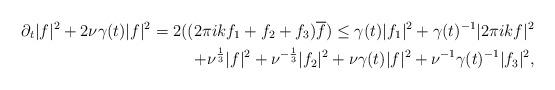
LaTeX: \begin{align*}\partial_t |{f}|^2+2\nu\gamma(t) |{f}|^2= 2((2\pi ik {f}_{1}+{f}_{2}+{f}_{3})\overline{f})\leq \gamma(t) |f_1|^2+\gamma(t)^{-1}|2\pi ikf|^2\\+\nu^{\frac{1}{3}}|f|^2+\nu^{-\frac{1}{3}}|f_2|^2+\nu\gamma(t) |{f}|^2+\nu^{-1}\gamma(t)^{-1} |{f}_3|^2,\end{align*}